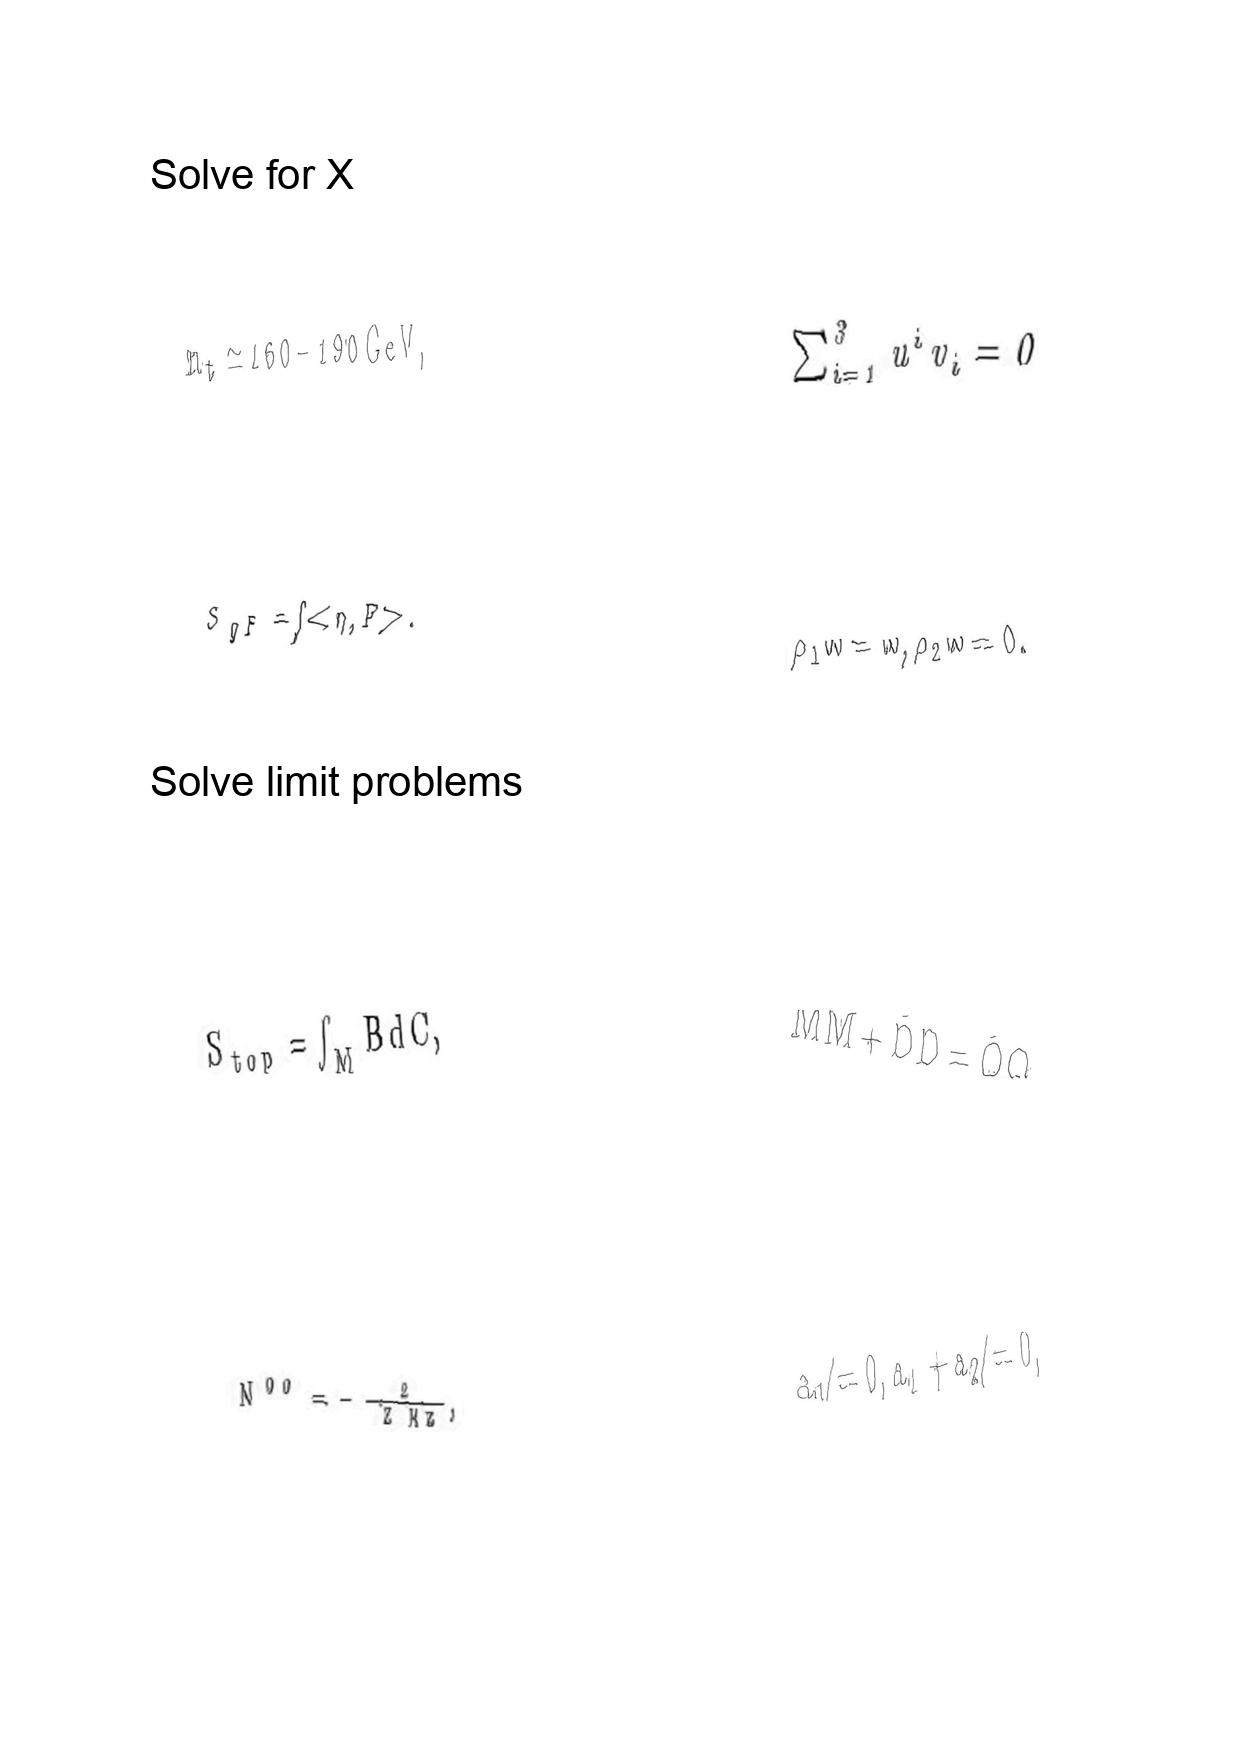
LaTeX transcription:
m _ { t } \simeq 1 6 0 - 1 9 0 \mathrm { G e V } ,
S _ { \eta F } = \int \lt \eta , F \gt .
S _ { t o p } = \int _ { M } B d C ,
N ^ { 0 0 } = - \frac { 2 } { \bar { Z } N Z } ,
\sum _ { i = 1 } ^ { 3 } u ^ { i } v _ { i } = 0
\rho _ { 1 } w = w , \rho _ { 2 } w = 0 .
\bar { M } M + \bar { D } D = \bar { Q } Q
a _ { 1 } \neq 0 , a _ { 1 } + a _ { 2 } \neq 0 ,